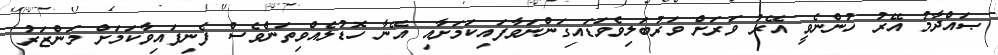
ޞައްދާމު އޭރު ހުންނެވީ އޭރު ވަރަށް ވަރުބަލިވެވަޑައިގަންނަވާފައިކަމަށާއި އޭނާ ހޮޑުލެއްވިތަންވެސް ފެނިފައިވާކަމަށް މަންޒަރު